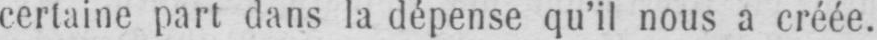
certaine part dans la dépense qu’il nous a créée.